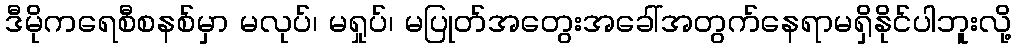
ဒီမိုကရေစီစနစ်မှာ မလုပ်၊ မရှုပ်၊ မပြုတ်အတွေးအခေါ်အတွက်နေရာမရှိနိုင်ပါဘူးလို့